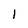
Character: 1